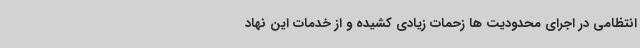
انتظامی در اجرای محدودیت ها زحمات زیادی کشیده و از خدمات این نهاد